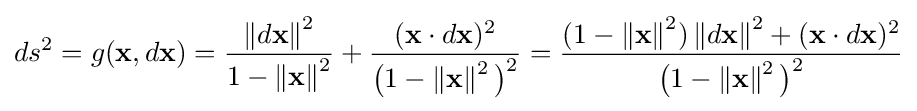
ds^{2}=g(\mathbf {x} ,d\mathbf {x} )={\frac {\left\|d\mathbf {x} \right\|^{2}}{1-\left\|\mathbf {x} \right\|^{2}}}+{\frac {(\mathbf {x} \cdot d\mathbf {x} )^{2}}{{\bigl (}1-\left\|\mathbf {x} \right\|^{2}{\bigr )}^{2}}}={\frac {(1-\left\|\mathbf {x} \right\|^{2})\left\|d\mathbf {x} \right\|^{2}+(\mathbf {x} \cdot d\mathbf {x} )^{2}}{{\bigl (}1-\left\|\mathbf {x} \right\|^{2}{\bigr )}^{2}}}